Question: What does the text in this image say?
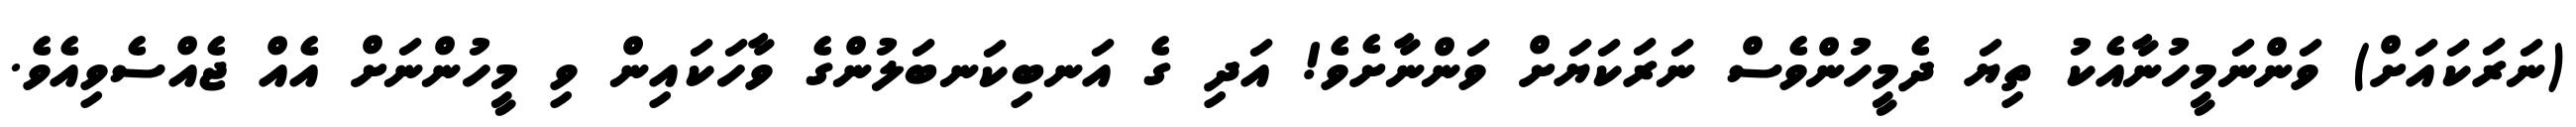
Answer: (ނަރަކައަށް) ވަންނަމީހުނާއެކު ތިޔަ ދެމީހުންވެސް ނަރަކަޔަށް ވަންނާށެވެ! އަދި ގެ އަނބިކަނބަލުންގެ ވާހަކައިން ވި މީހުންނަށް އެއް ޖެއްސެވިއެވެ.